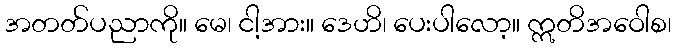
အတတ်ပညာကို။ မေ၊ ငါ့အား။ ဒေဟိ၊ ပေးပါလော့။ ဣတိအဝေါစ၊